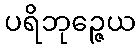
ပရိဘုဉ္ဇေယ